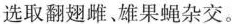
选取翻翅雌、雄果蝇杂交。